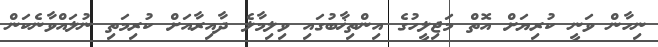
ނިހާން ވަނީ ކުރިޔަށް އޮތް މަޖިލީހުގެ އިންތިޚާބުގައި ވިލިމާލެ ދާއިރާއަށް ކުރިމަތި ނުލައްވާނެކަން